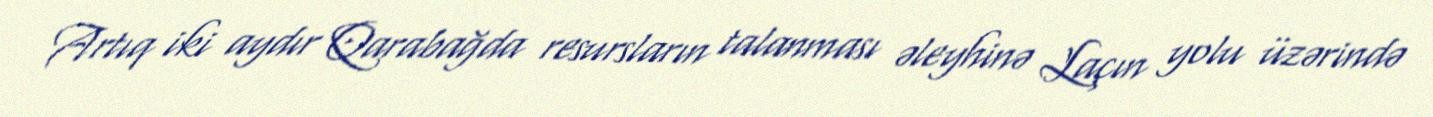
Artıq iki aydır Qarabağda resursların talanması əleyhinə Laçın yolu üzərində